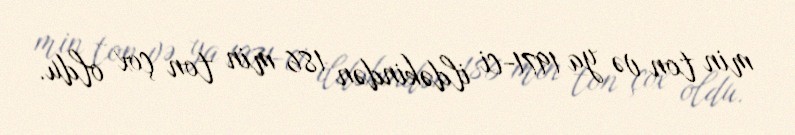
min ton və ya 1971-ci ildəkindən 186 min ton çox oldu.